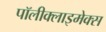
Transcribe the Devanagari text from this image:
पॉलीक्लाइमेक्स